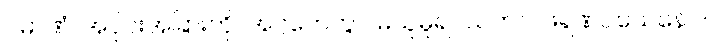
ပမာဏံ၊ အပိုင်းအခြားကို။ အဂ္ဂဟေတွာ၊ မယူမူ၍။ သကလဖရဏဝသေနေဝ၊